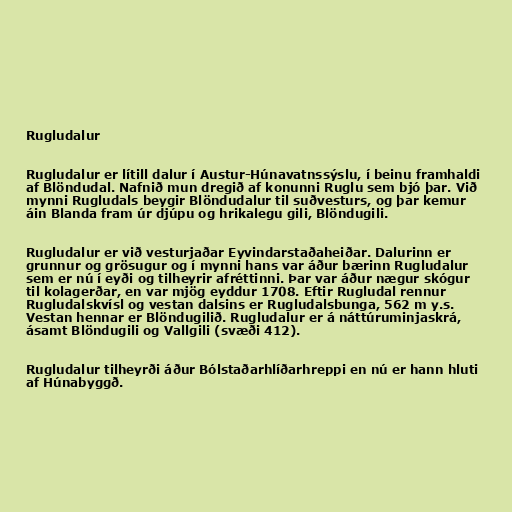
Rugludalur

Rugludalur er lítill dalur í Austur-Húnavatnssýslu, í beinu framhaldi
af Blöndudal. Nafnið mun dregið af konunni Ruglu sem bjó þar. Við
mynni Rugludals beygir Blöndudalur til suðvesturs, og þar kemur
áin Blanda fram úr djúpu og hrikalegu gili, Blöndugili.

Rugludalur er við vesturjaðar Eyvindarstaðaheiðar. Dalurinn er
grunnur og grösugur og í mynni hans var áður bærinn Rugludalur
sem er nú í eyði og tilheyrir afréttinni. Þar var áður nægur skógur
til kolagerðar, en var mjög eyddur 1708. Eftir Rugludal rennur
Rugludalskvísl og vestan dalsins er Rugludalsbunga, 562 m y.s.
Vestan hennar er Blöndugilið. Rugludalur er á náttúruminjaskrá,
ásamt Blöndugili og Vallgili (svæði 412).

Rugludalur tilheyrði áður Bólstaðarhlíðarhreppi en nú er hann hluti
af Húnabyggð.